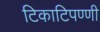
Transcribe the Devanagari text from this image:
टिकाटिपण्णी